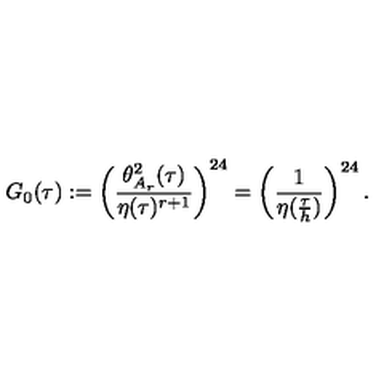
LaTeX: G _ { 0 } ( \tau ) : = \left( \frac { \theta _ { A _ { r } } ^ { 2 } ( \tau ) } { \eta ( \tau ) ^ { r + 1 } } \right) ^ { 2 4 } = \left( \frac { 1 } { \eta ( \frac { \tau } { h } ) } \right) ^ { 2 4 } .